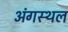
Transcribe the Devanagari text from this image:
अंगस्थल